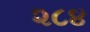
૨૮૪